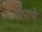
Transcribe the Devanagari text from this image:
तापाचे